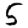
Digit: 5